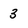
Character: 3